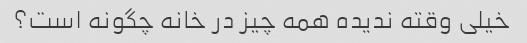
خیلی وقته ندیده همه چیز در خانه چگونه است؟